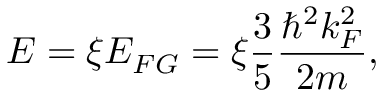
E = \xi E _ { F G } = \xi \frac { 3 } { 5 } \frac { \hbar ^ { 2 } k _ { F } ^ { 2 } } { 2 m } ,